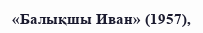
«Балықшы Иван» (1957),